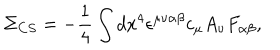
LaTeX: \Sigma _ { C S } = - \frac { 1 } { 4 } \int d x ^ { 4 } \epsilon ^ { \mu \nu \alpha \beta } c _ { \mu } A _ { \nu } F _ { \alpha \beta } ,